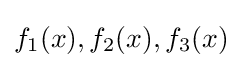
f_{1}(x),f_{2}(x),f_{3}(x)